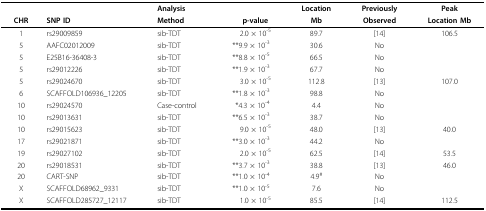
<table><thead><tr><td></td><td></td><td><b>Analysis</b></td><td></td><td><b>Location</b></td><td><b>Previously</b></td><td><b>Peak</b></td></tr><tr><td><b>CHR</b></td><td><b>SNP ID</b></td><td><b>Method</b></td><td><b>p-value</b></td><td><b>Mb</b></td><td><b>Observed</b></td><td><b>Location Mb</b></td></tr></thead><tbody><tr><td>1</td><td>rs29009859</td><td>sib-TDT</td><td>2.0 × 10<sup>-5</sup></td><td>89.7</td><td>[14]</td><td>106.5</td></tr><tr><td>5</td><td>AAFC02012009</td><td>sib-TDT</td><td>**9.9 × 10<sup>-3</sup></td><td>30.6</td><td>No</td><td></td></tr><tr><td>5</td><td>E25B16-36408-3</td><td>sib-TDT</td><td>**8.8 × 10<sup>-5</sup></td><td>66.5</td><td>No</td><td></td></tr><tr><td>5</td><td>rs29012226</td><td>sib-TDT</td><td>**1.9 × 10<sup>-3</sup></td><td>67.7</td><td>No</td><td></td></tr><tr><td>5</td><td>rs29024670</td><td>sib-TDT</td><td>3.0 × 10<sup>-5</sup></td><td>112.8</td><td>[13]</td><td>107.0</td></tr><tr><td>6</td><td>SCAFFOLD106936_12205</td><td>sib-TDT</td><td>**1.8 × 10<sup>-3</sup></td><td>98.8</td><td>No</td><td></td></tr><tr><td>10</td><td>rs29024570</td><td>Case-control</td><td>*4.3 × 10<sup>-4</sup></td><td>4.4</td><td>No</td><td></td></tr><tr><td>10</td><td>rs29013631</td><td>sib-TDT</td><td>**6.5 × 10<sup>-3</sup></td><td>38.7</td><td>No</td><td></td></tr><tr><td>10</td><td>rs29015623</td><td>sib-TDT</td><td>9.0 × 10<sup>-5</sup></td><td>48.0</td><td>[13]</td><td>40.0</td></tr><tr><td>17</td><td>rs29021871</td><td>sib-TDT</td><td>**3.0 × 10<sup>-3</sup></td><td>44.2</td><td>No</td><td></td></tr><tr><td>19</td><td>rs29027102</td><td>sib-TDT</td><td>2.0 × 10<sup>-5</sup></td><td>62.5</td><td>[14]</td><td>53.5</td></tr><tr><td>20</td><td>rs29018531</td><td>sib-TDT</td><td>**3.7 × 10<sup>-3</sup></td><td>38.8</td><td>[13]</td><td>46.0</td></tr><tr><td>20</td><td>CART-SNP</td><td>sib-TDT</td><td>**1.0 × 10<sup>-4</sup></td><td>4.9<sup>#</sup></td><td>No</td><td></td></tr><tr><td>X</td><td>SCAFFOLD68962_9331</td><td>sib-TDT</td><td>**1.0 × 10<sup>-5</sup></td><td>7.6</td><td>No</td><td></td></tr><tr><td>X</td><td>SCAFFOLD285727_12117</td><td>sib-TDT</td><td>1.0 × 10<sup>-5</sup></td><td>85.5</td><td>[14]</td><td>112.5</td></tr></tbody></table>